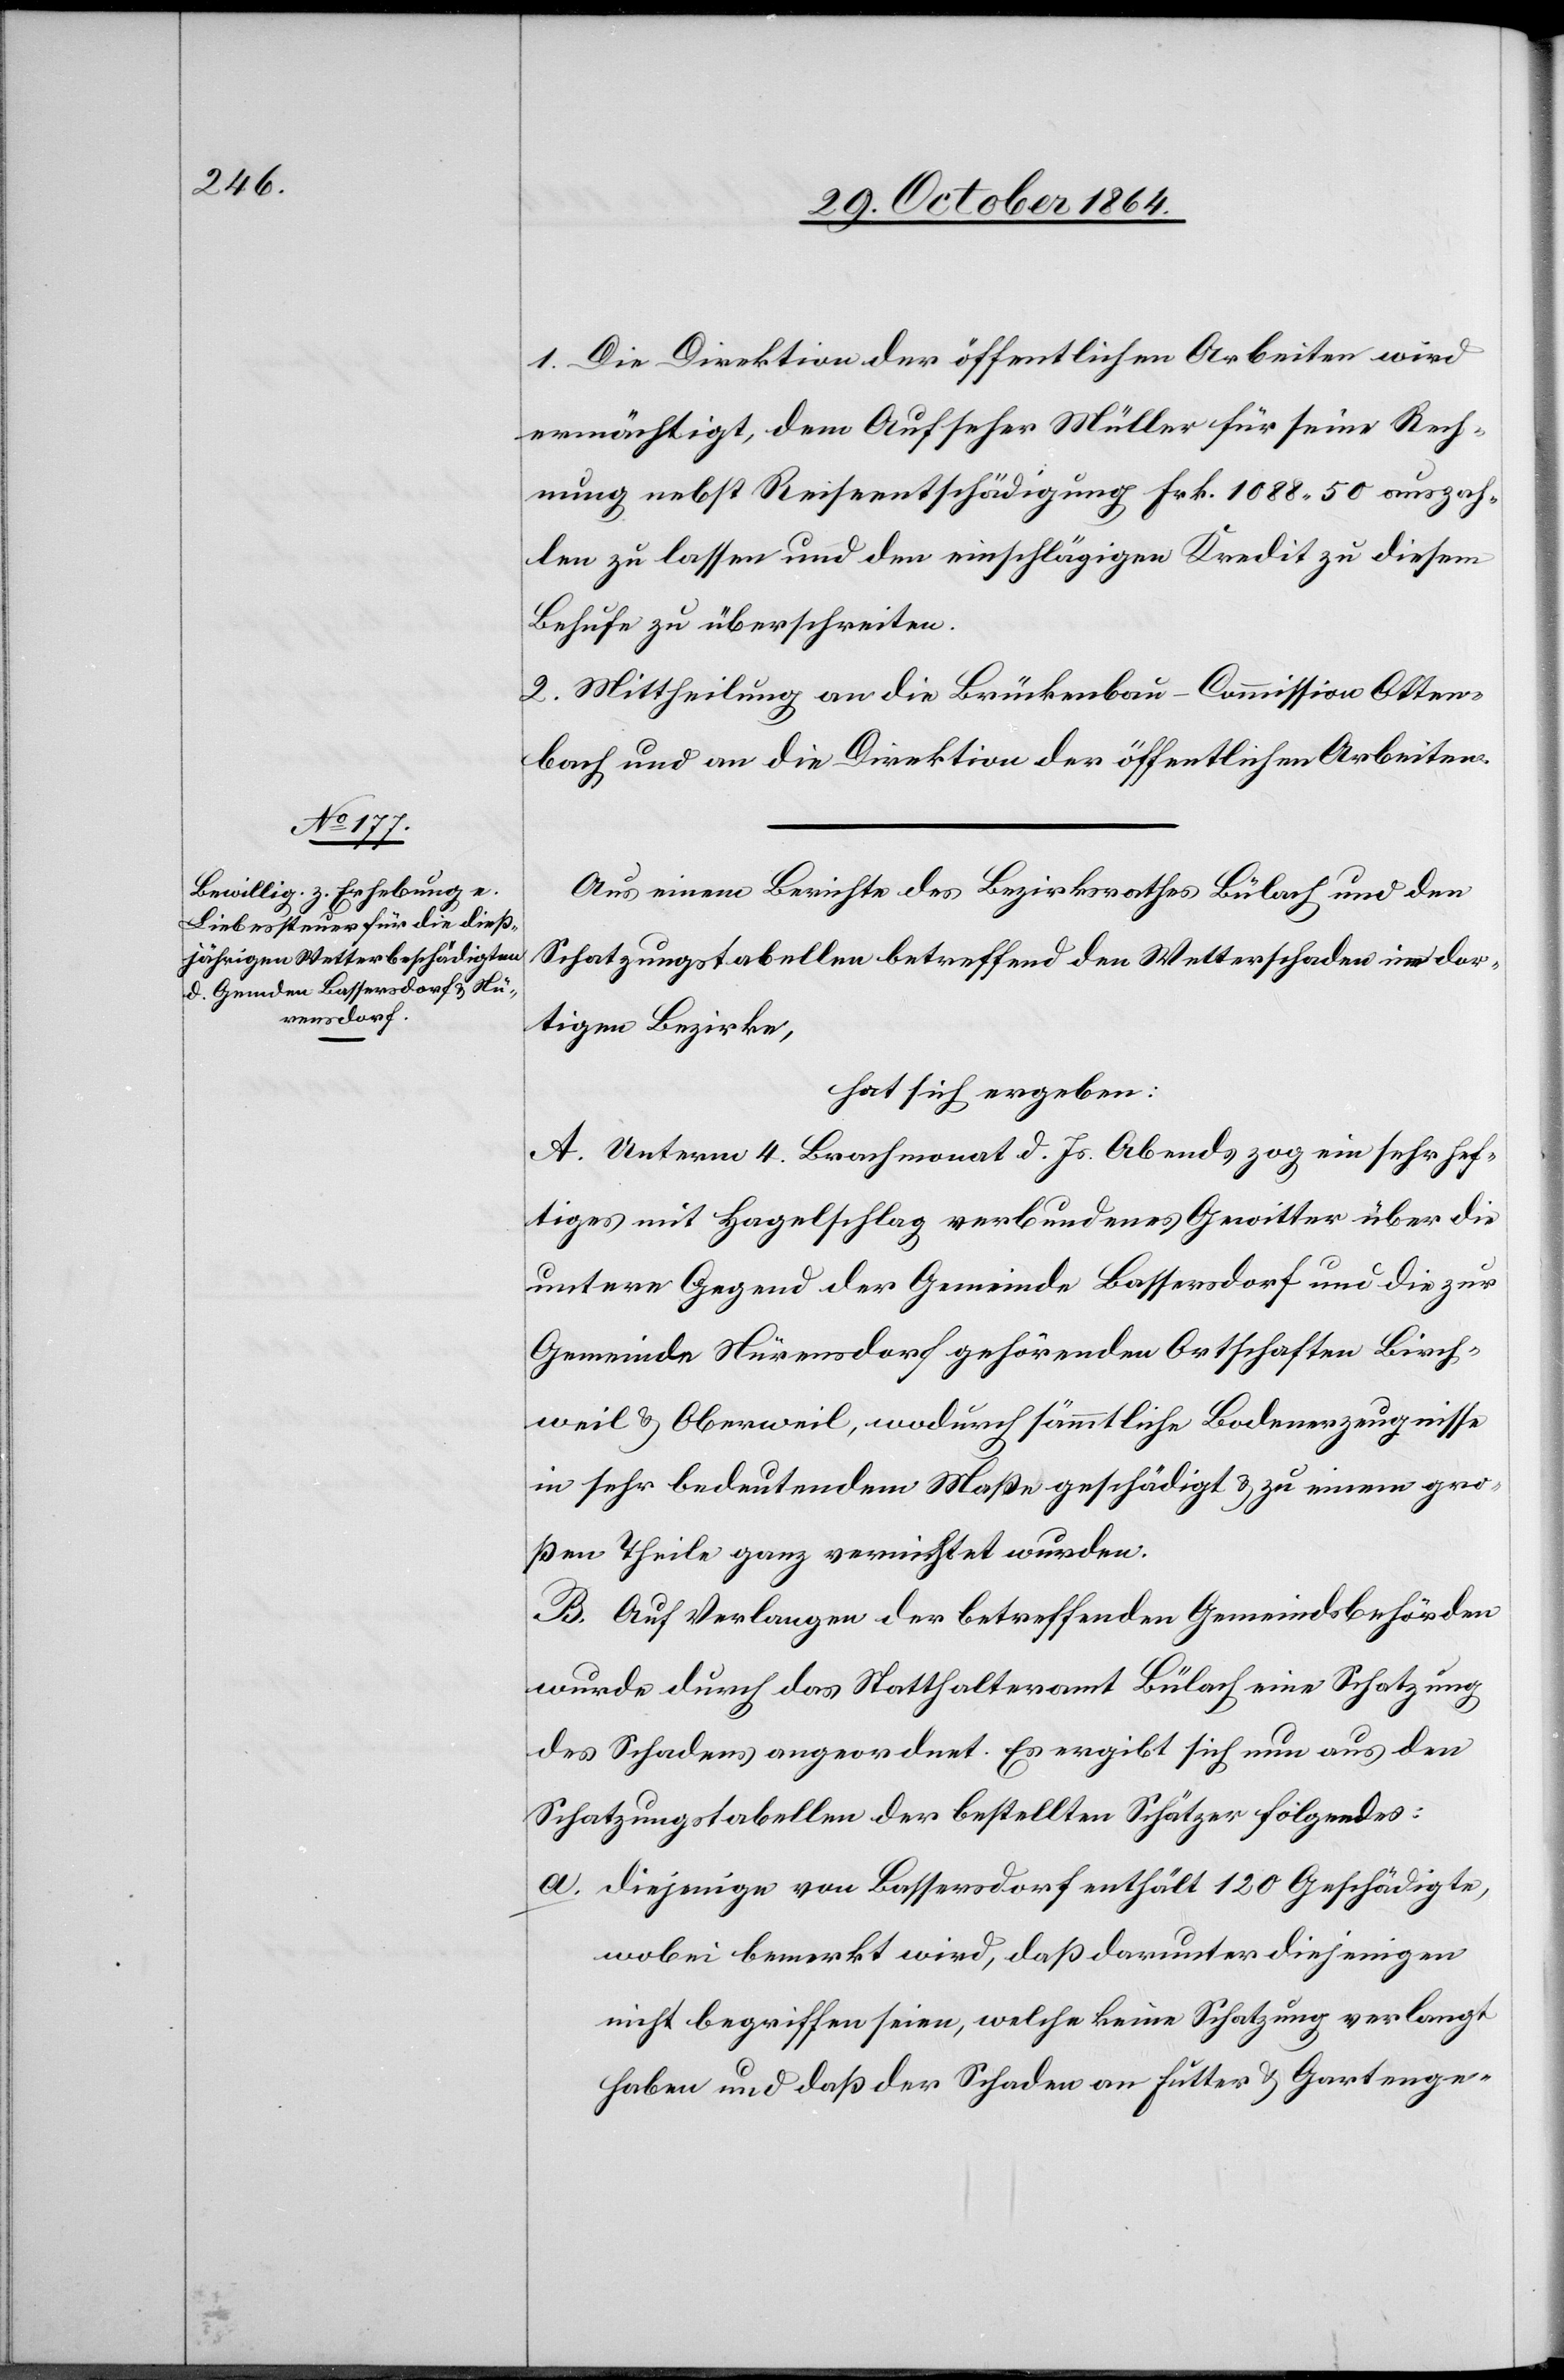
1. Die Direktion der öffentlichen Arbeiten wird
ermächtigt, dem Aufseher Müller für seine Rech¬
nung nebst Reiseentschädigung Frk. 1088.50 auszah¬
len zu lassen und den einschlägigen Kredit zu diesem
Behufe zu überschreiten.
2. Mittheilung an die Brückenbau-Commission Otten¬
bach und an die Direktion der öffentlichen Arbeiten.
Aus einem Berichte des Bezirksrathes Bülach und den
Schatzungstabellen betreffend den Wetterschaden im dor¬
tigen Bezirke,
hat sich ergeben:
A. Unterm 4. Brachmonat d. Js. Abends zog ein sehr hef¬
tiges mit Hagelschlag verbundenes Gewitter über die
untere Gegend der Gemeinde Bassersdorf und die zur
Gemeinde Nürensdorf gehörenden Ortschaften Birch¬
weil & Oberweil, wodurch sämmtliche Bodenerzeugnisse
in sehr bedeutendem Maße geschädigt & zu einem gewis¬
sen Theile ganz vernichtet wurden.
B. Auf Verlangen der betreffenden Gemeindsbehörden
wurde durch das Statthalteramt Bülach eine Schatzung
des Schadens angeordnet. Es ergibt sich nun aus den
Schatzungstabellen der bestellten Schätzer Folgendes:
a. Diejenige von Bassersdorf enthält 120 Geschädigte,
wobei bemerkt wird, daß darunter diejenigen
nicht begriffen seien, welche keine Schatzung verlangt
haben und daß der Schaden an Futter & Gartenge-